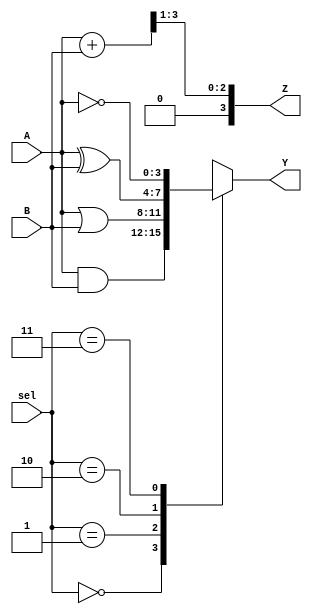
module combinational_logic (
    input  wire [3:0] A,   // 4-bit input A
    input  wire [3:0] B,   // 4-bit input B
    input  wire [1:0] sel, // 2-bit select input for a multiplexer
    output reg  [3:0] Y,   // 4-bit output Y
    output reg  [3:0] Z    // 4-bit output Z
);

    // Combinational logic block
    always @(*) begin
        // Multiplexer logic based on select input
        case (sel)
            2'b00: Y = A & B;      // AND operation
            2'b01: Y = A | B;      // OR operation
            2'b10: Y = A ^ B;      // XOR operation
            2'b11: Y = ~A;         // NOT operation on A
            default: Y = 4'b0000;  // Default case
        endcase

        // Example combinational logic for output Z
        Z = (A + B) >> 1; // Example: Average of A and B
    end

endmodule